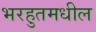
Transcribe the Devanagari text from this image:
भरहुतमधील